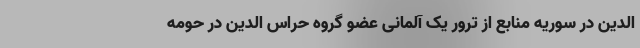
الدین در سوریه منابع از ترور یک آلمانی عضو گروه حراس الدین در حومه